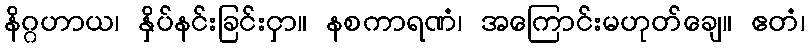
နိဂ္ဂဟာယ၊ နှိပ်နင်းခြင်းငှာ။ နစကာရဏံ၊ အကြောင်းမဟုတ်ချေ။ ဧတံ၊